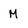
Character: M